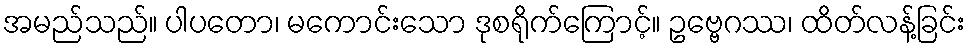
အမည်သည်။ ပါပတော၊ မကောင်းသော ဒုစရိုက်ကြောင့်။ ဥဗ္ဗေဂဿ၊ ထိတ်လန့်ခြင်း